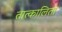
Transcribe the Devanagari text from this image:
तात्कालिता